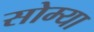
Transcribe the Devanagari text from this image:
सोम्या